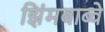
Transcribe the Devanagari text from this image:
झिंमबाब्वे